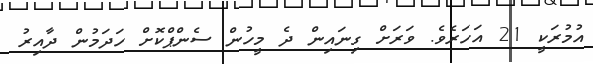
އުމުރަކީ 21 އަހަރެވެ. ވަރަށް ގިނައިން ދެ މީހުން ސެންޕްކޮށް ހަދަމުން ދާއިރު